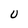
Character: U